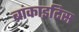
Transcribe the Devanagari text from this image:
ब्रांकाइटिस